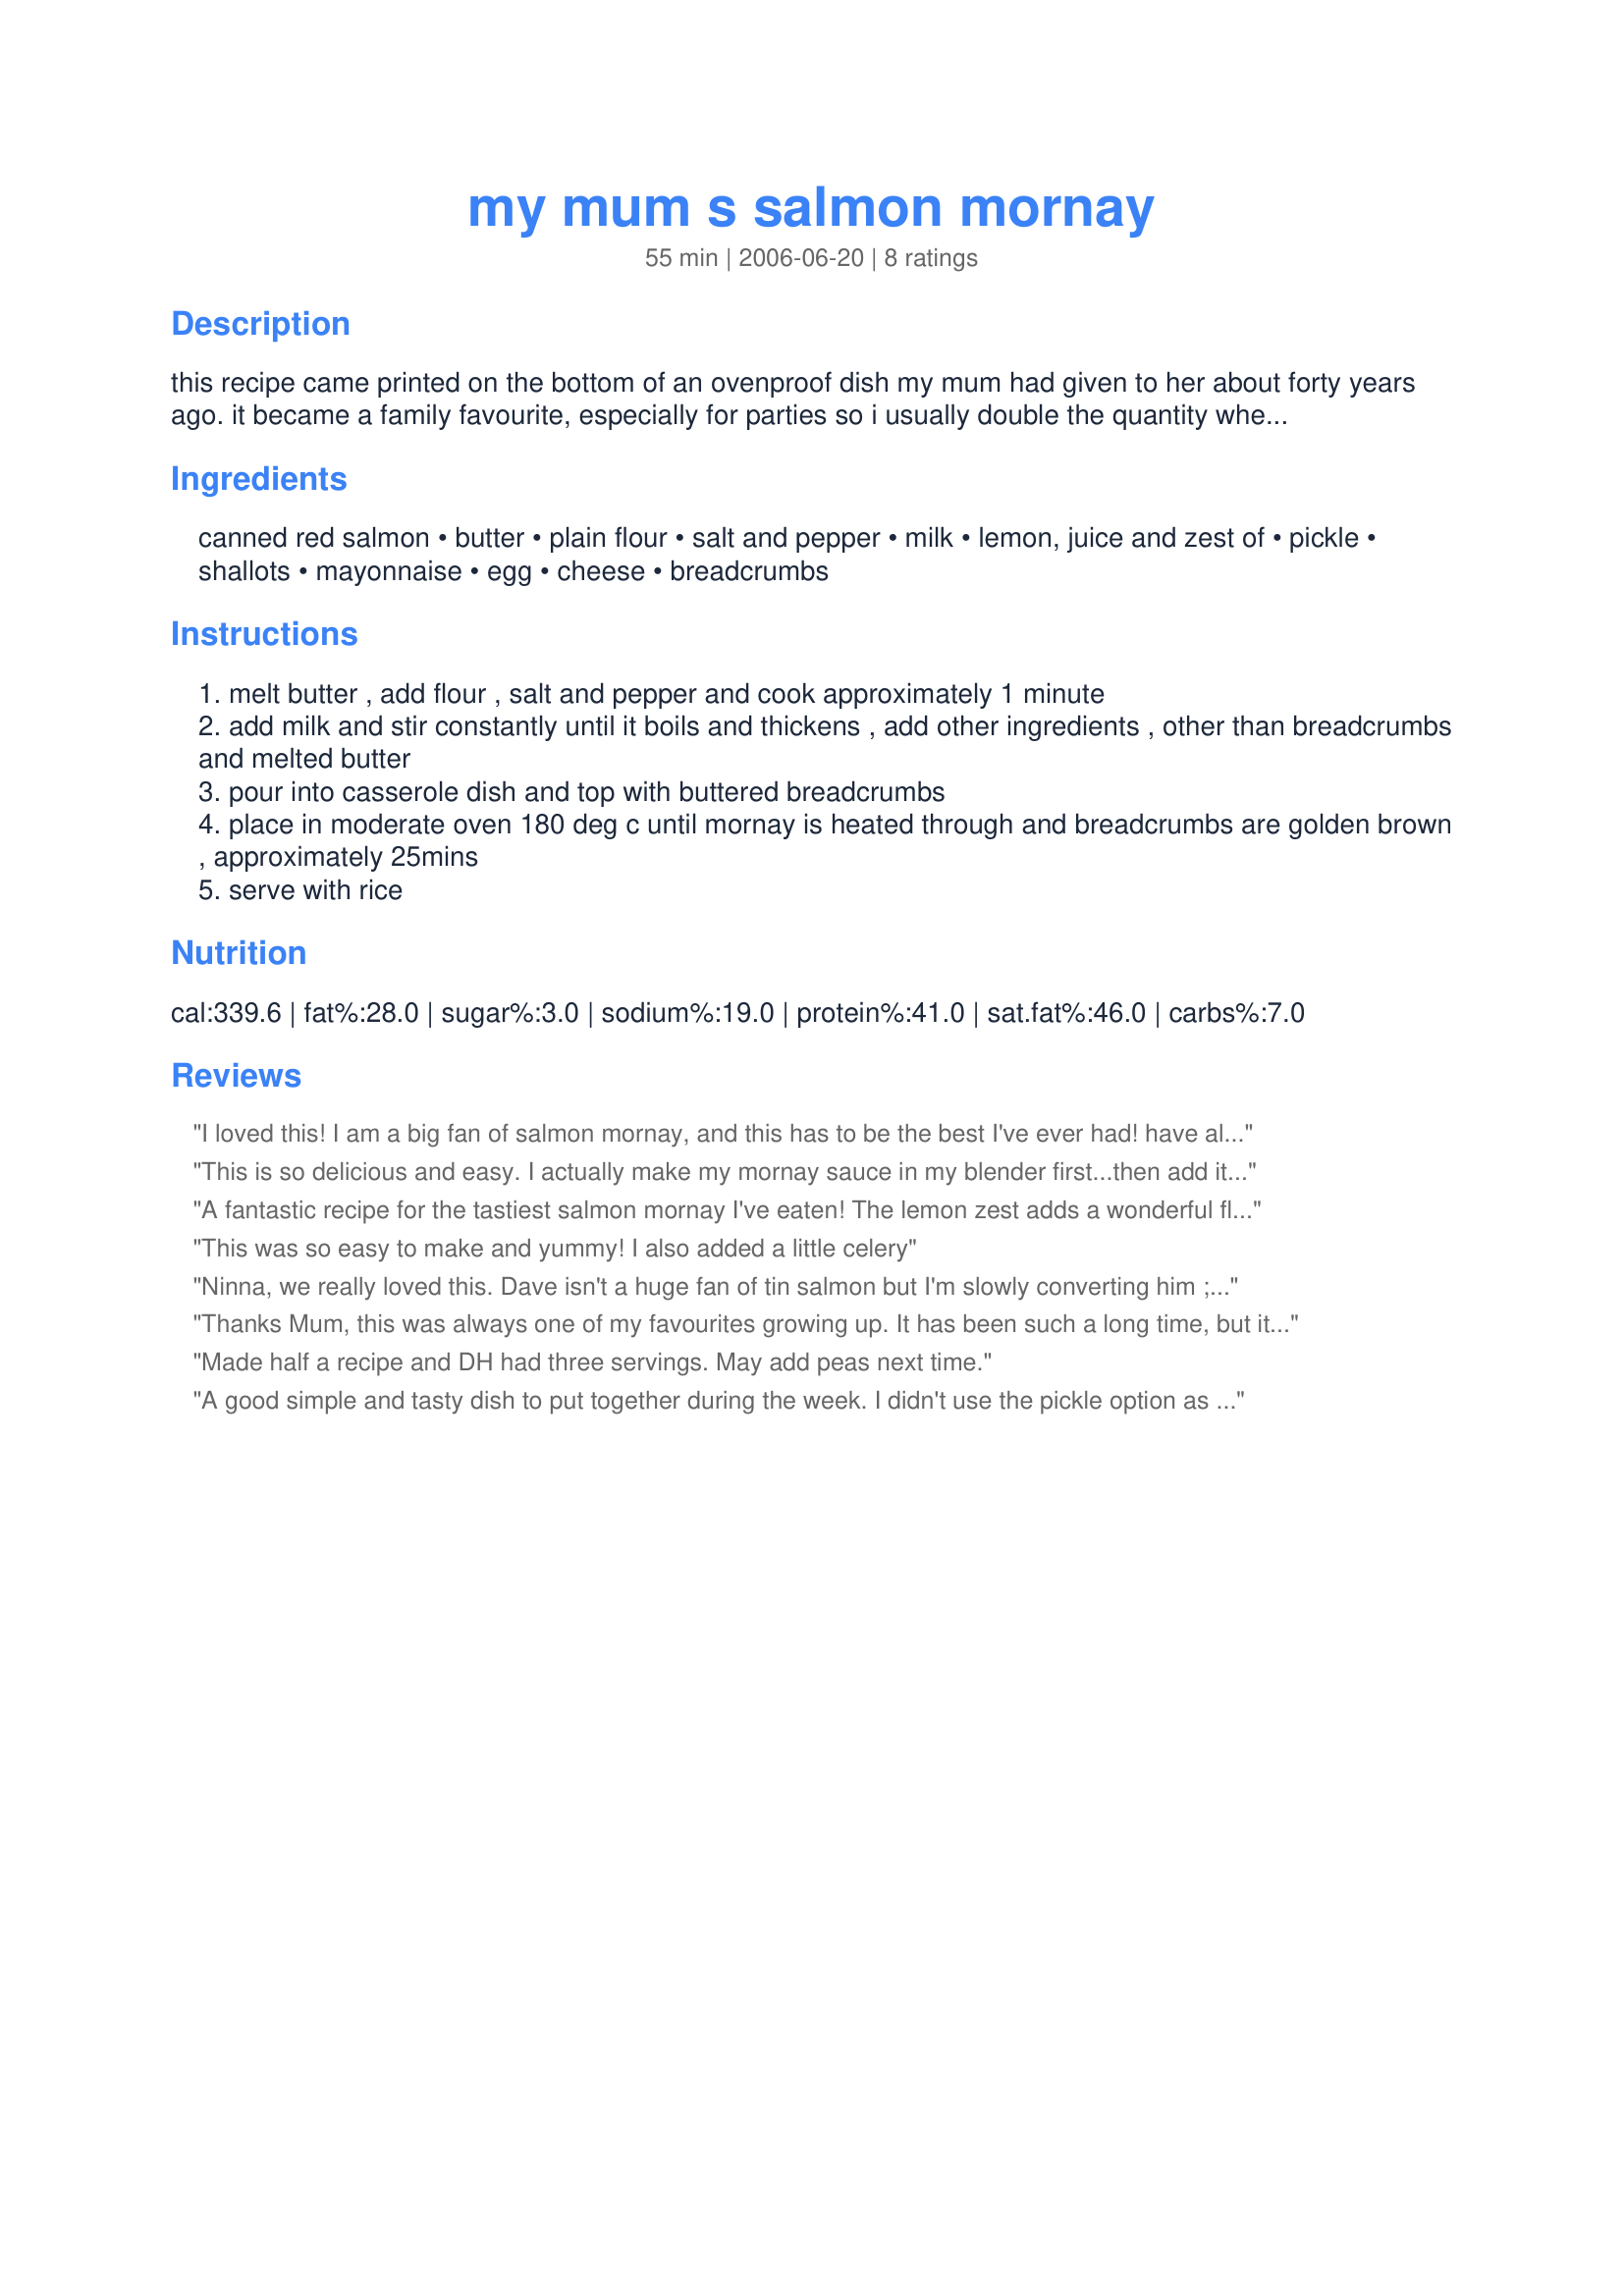
my mum s salmon mornay
Preparation time: 55 minutes

this recipe came printed on the bottom of an ovenproof dish my mum had given to her about forty years ago. it became a family favourite, especially for parties so i usually double the quantity when i make it. as it is usually served with several other dishes i guessed at how many serves it makes.

Ingredients:
canned red salmon, butter, plain flour, salt and pepper, milk, lemon, juice and zest of, pickle, shallots, mayonnaise, egg, cheese, breadcrumbs

Steps:
melt butter , add flour , salt and pepper and cook approximately 1 minute
add milk and stir constantly until it boils and thickens , add other ingredients , other than breadcrumbs and melted butter
pour into casserole dish and top with buttered breadcrumbs
place in moderate oven 180 deg c until mornay is heated through and breadcrumbs are golden brown , approximately 25mins
serve with rice

Reviews:
I loved this! I am a big fan of salmon mornay, and this has to be the best I've ever had! have already made it twice, just forgot to review it. Thanks heaps for sharing it!
***********************************************
I just made this again for Good Friday, but instead of using canned salmon, I used some leftover cooked fish from a BBQ earlier in the week. I doubled the recipe, using a little over 500g of a combination of trevalla, flounder, and atlantic salmon. it is truly delicious! I just wish i was allowed to give another 5 stars!
This is so delicious and easy. I actually make my mornay sauce in my blender first...then add it to a pan and add other ingredients. I used canned Red Salmon. My daughter asks me to make this when she visits, so now it&#039;s Her Mums Salmon Mornay :)
A fantastic recipe for the tastiest salmon mornay I've eaten! The lemon zest adds a wonderful flavour to the dish. I also added finely chopped celery and corn (staples in my own mornay recipe). Thanks so much for sharing this recipe ... very happy tummies!!
This was so easy to make and yummy! I also added a little celery
Ninna, we really loved this. Dave isn't a huge fan of tin salmon but I'm slowly converting him ;). I used the option of adding a sliced pickle and probably slightly more salmon (taking the larger bones out). Both the girls gobbled up their meals with Amber asking if we can make it again soon. I found this very easy to make and was told that it was fabulous on sandwiches the next day ;) Definite family favourite make again for us. Thank you so much for posting :)
Thanks Mum, this was always one of my favourites growing up. It has been such a long time, but it turned out just as good as I remembered. I tried it out on some guests with young children who were also impressed enough to ask for the recipe, also a nice easy meal. mmmmmmmmm!
Made half a recipe and DH had three servings. May add peas next time.
A good simple and tasty dish to put together during the week. I didn't use the pickle option as we didn't have any and I was out of lemons and I used a pregrated 3 cheese blend (cheddar, mozzarella and parmesan) and a 415 grams tin of red salmon and served over Doongarra rice. Thank you Ninna for a tasty easy mid week meal, made for ZAAR Chef Alphabet Soup.
